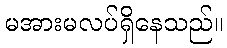
မအားမလပ်ရှိနေသည်။